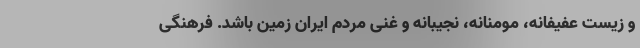
و زیست عفیفانه، مومنانه، نجیبانه و غنی مردم ایران زمین باشد. فرهنگی